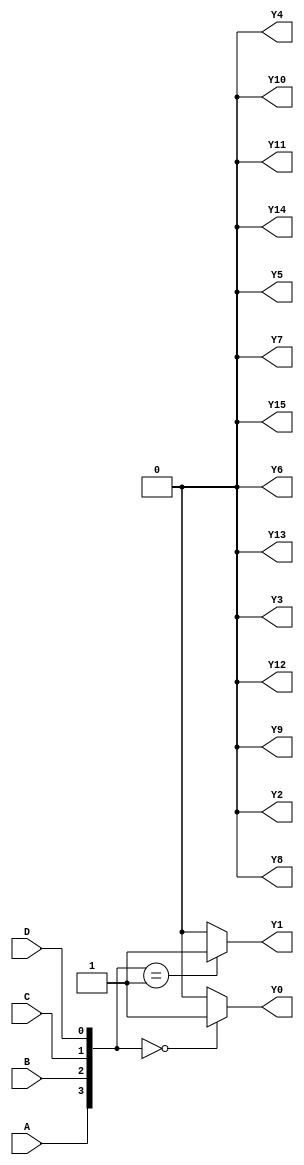
module demux_4to16(
    input A, B, C, D,
    output reg Y0, Y1, Y2, Y3, Y4, Y5, Y6, Y7,
    output reg Y8, Y9, Y10, Y11, Y12, Y13, Y14, Y15
);

always @(*)
begin
    case({A, B, C, D})
        4'b0000: begin Y0 = 1; Y1 = 0; Y2 = 0; Y3 = 0; Y4 = 0; Y5 = 0; Y6 = 0; Y7 = 0; 
                  Y8 = 0; Y9 = 0; Y10 = 0; Y11 = 0; Y12 = 0; Y13 = 0; Y14 = 0; Y15 = 0; end
        4'b0001: begin Y0 = 0; Y1 = 1; Y2 = 0; Y3 = 0; Y4 = 0; Y5 = 0; Y6 = 0; Y7 = 0; 
                  Y8 = 0; Y9 = 0; Y10 = 0; Y11 = 0; Y12 = 0; Y13 = 0; Y14 = 0; Y15 = 0; end
        // continue for all 16 possibilities
        default: begin Y0 = 0; Y1 = 0; Y2 = 0; Y3 = 0; Y4 = 0; Y5 = 0; Y6 = 0; Y7 = 0; 
                   Y8 = 0; Y9 = 0; Y10 = 0; Y11 = 0; Y12 = 0; Y13 = 0; Y14 = 0; Y15 = 0; end
    endcase
end

endmodule